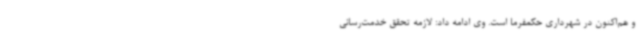
و هم‌اکنون در شهرداری حکمفرما است. وی ادامه داد: لازمه تحقق خدمت‌رسانی